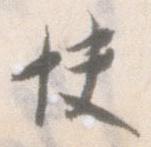
快